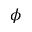
\phi